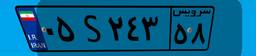
۰۵S۲۴۳۵۸